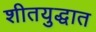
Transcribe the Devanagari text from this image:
शीतयुद्धात